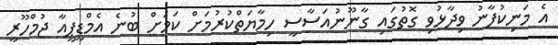
އެ މަނިކުފާނު ވިދާޅުވި ގޮތުގައި ގާނޫނުއަސާސީ ހިމާޔަތްކުރުމަށް ކަމަށް ބުނެ އެމްޑީޕީއާ ޖުމްހޫރީ